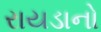
રાયડાનો